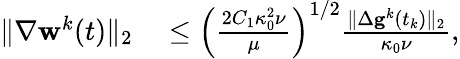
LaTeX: \begin{array}{rl}{\| \nabla\mathbf{w}^{k}(t)\| _{2}}&{{}\leq\left(\frac{2C_{1}\kappa_{0}^{2}\nu}{\mu}\right)^{1/2}\frac{\| \Delta\mathbf{g}^{k}(t_{k})\| _{2}}{\kappa_{0}\nu},}\end{array}